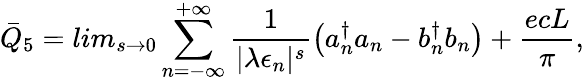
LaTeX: {\bar{Q}}_{5}=lim_{s\rightarrow 0}\sum_{n=-\infty}^{+\infty}\frac{1}{|\lambda\epsilon_{n}|^{s}}\left({a}_{n}^{\dagger}{a}_{n}-{b}_{n}^{\dagger}{b}_{n}\right)+\frac{ecL}{\pi},